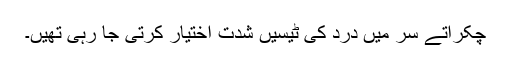
چکراتے سر میں درد کی ٹیسیں شدت اختیار کرتی جا رہی تھیں۔